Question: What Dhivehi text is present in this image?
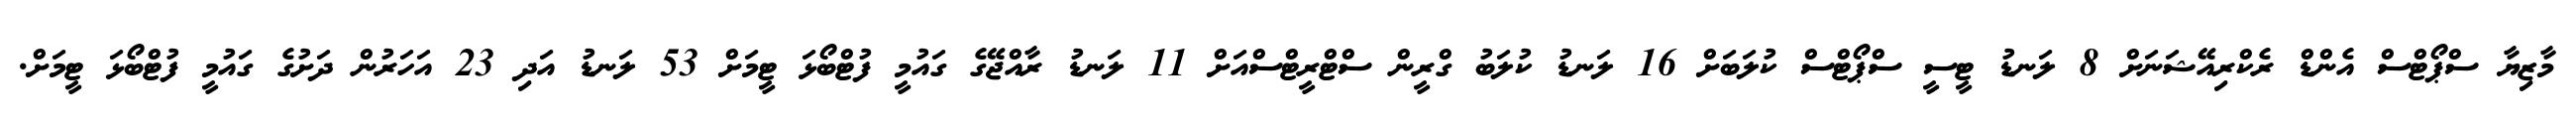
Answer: މާޒިޔާ ސްޕޯޓްސް އެންޑް ރެކްރިއޭޝަނަށް 8 ލަނޑު ޓީސީ ސްޕޯޓްސް ކުލަބަށް 16 ލަނޑު ކުލަބު ގްރީން ސްޓްރީޓްސްއަށް 11 ލަނޑު ރާއްޖޭގެ ގައުމީ ފުޓްބޯޅަ ޓީމަށް 53 ލަނޑު އަދި 23 އަހަރުން ދަށުގެ ގައުމީ ފުޓްބޯޅަ ޓީމަށް.